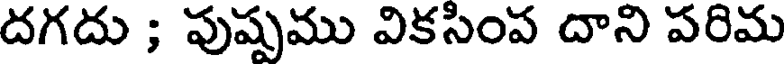
దగదు ; పుష్పము వికసింప దాని పరిమ